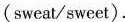
(sweat/sweet).